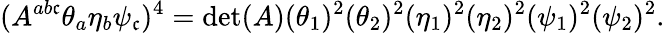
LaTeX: (A^{ab\mathfrak{c}}\theta_{a}\eta_{b}\psi_{\mathfrak{c}})^{4}=\operatorname*{det}(A)(\theta_{1})^{2}(\theta_{2})^{2}(\eta_{1})^{2}(\eta_{2})^{2}(\psi_{1})^{2}(\psi_{2})^{2}.